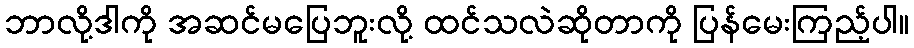
ဘာလို့ဒါကို အဆင်မပြေဘူးလို့ ထင်သလဲဆိုတာကို ပြန်မေးကြည့်ပါ။